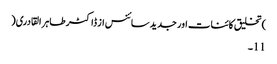
)تخلیق کائنات اور جدید سائنس از ڈاکٹر طاہر القادری(
11۔